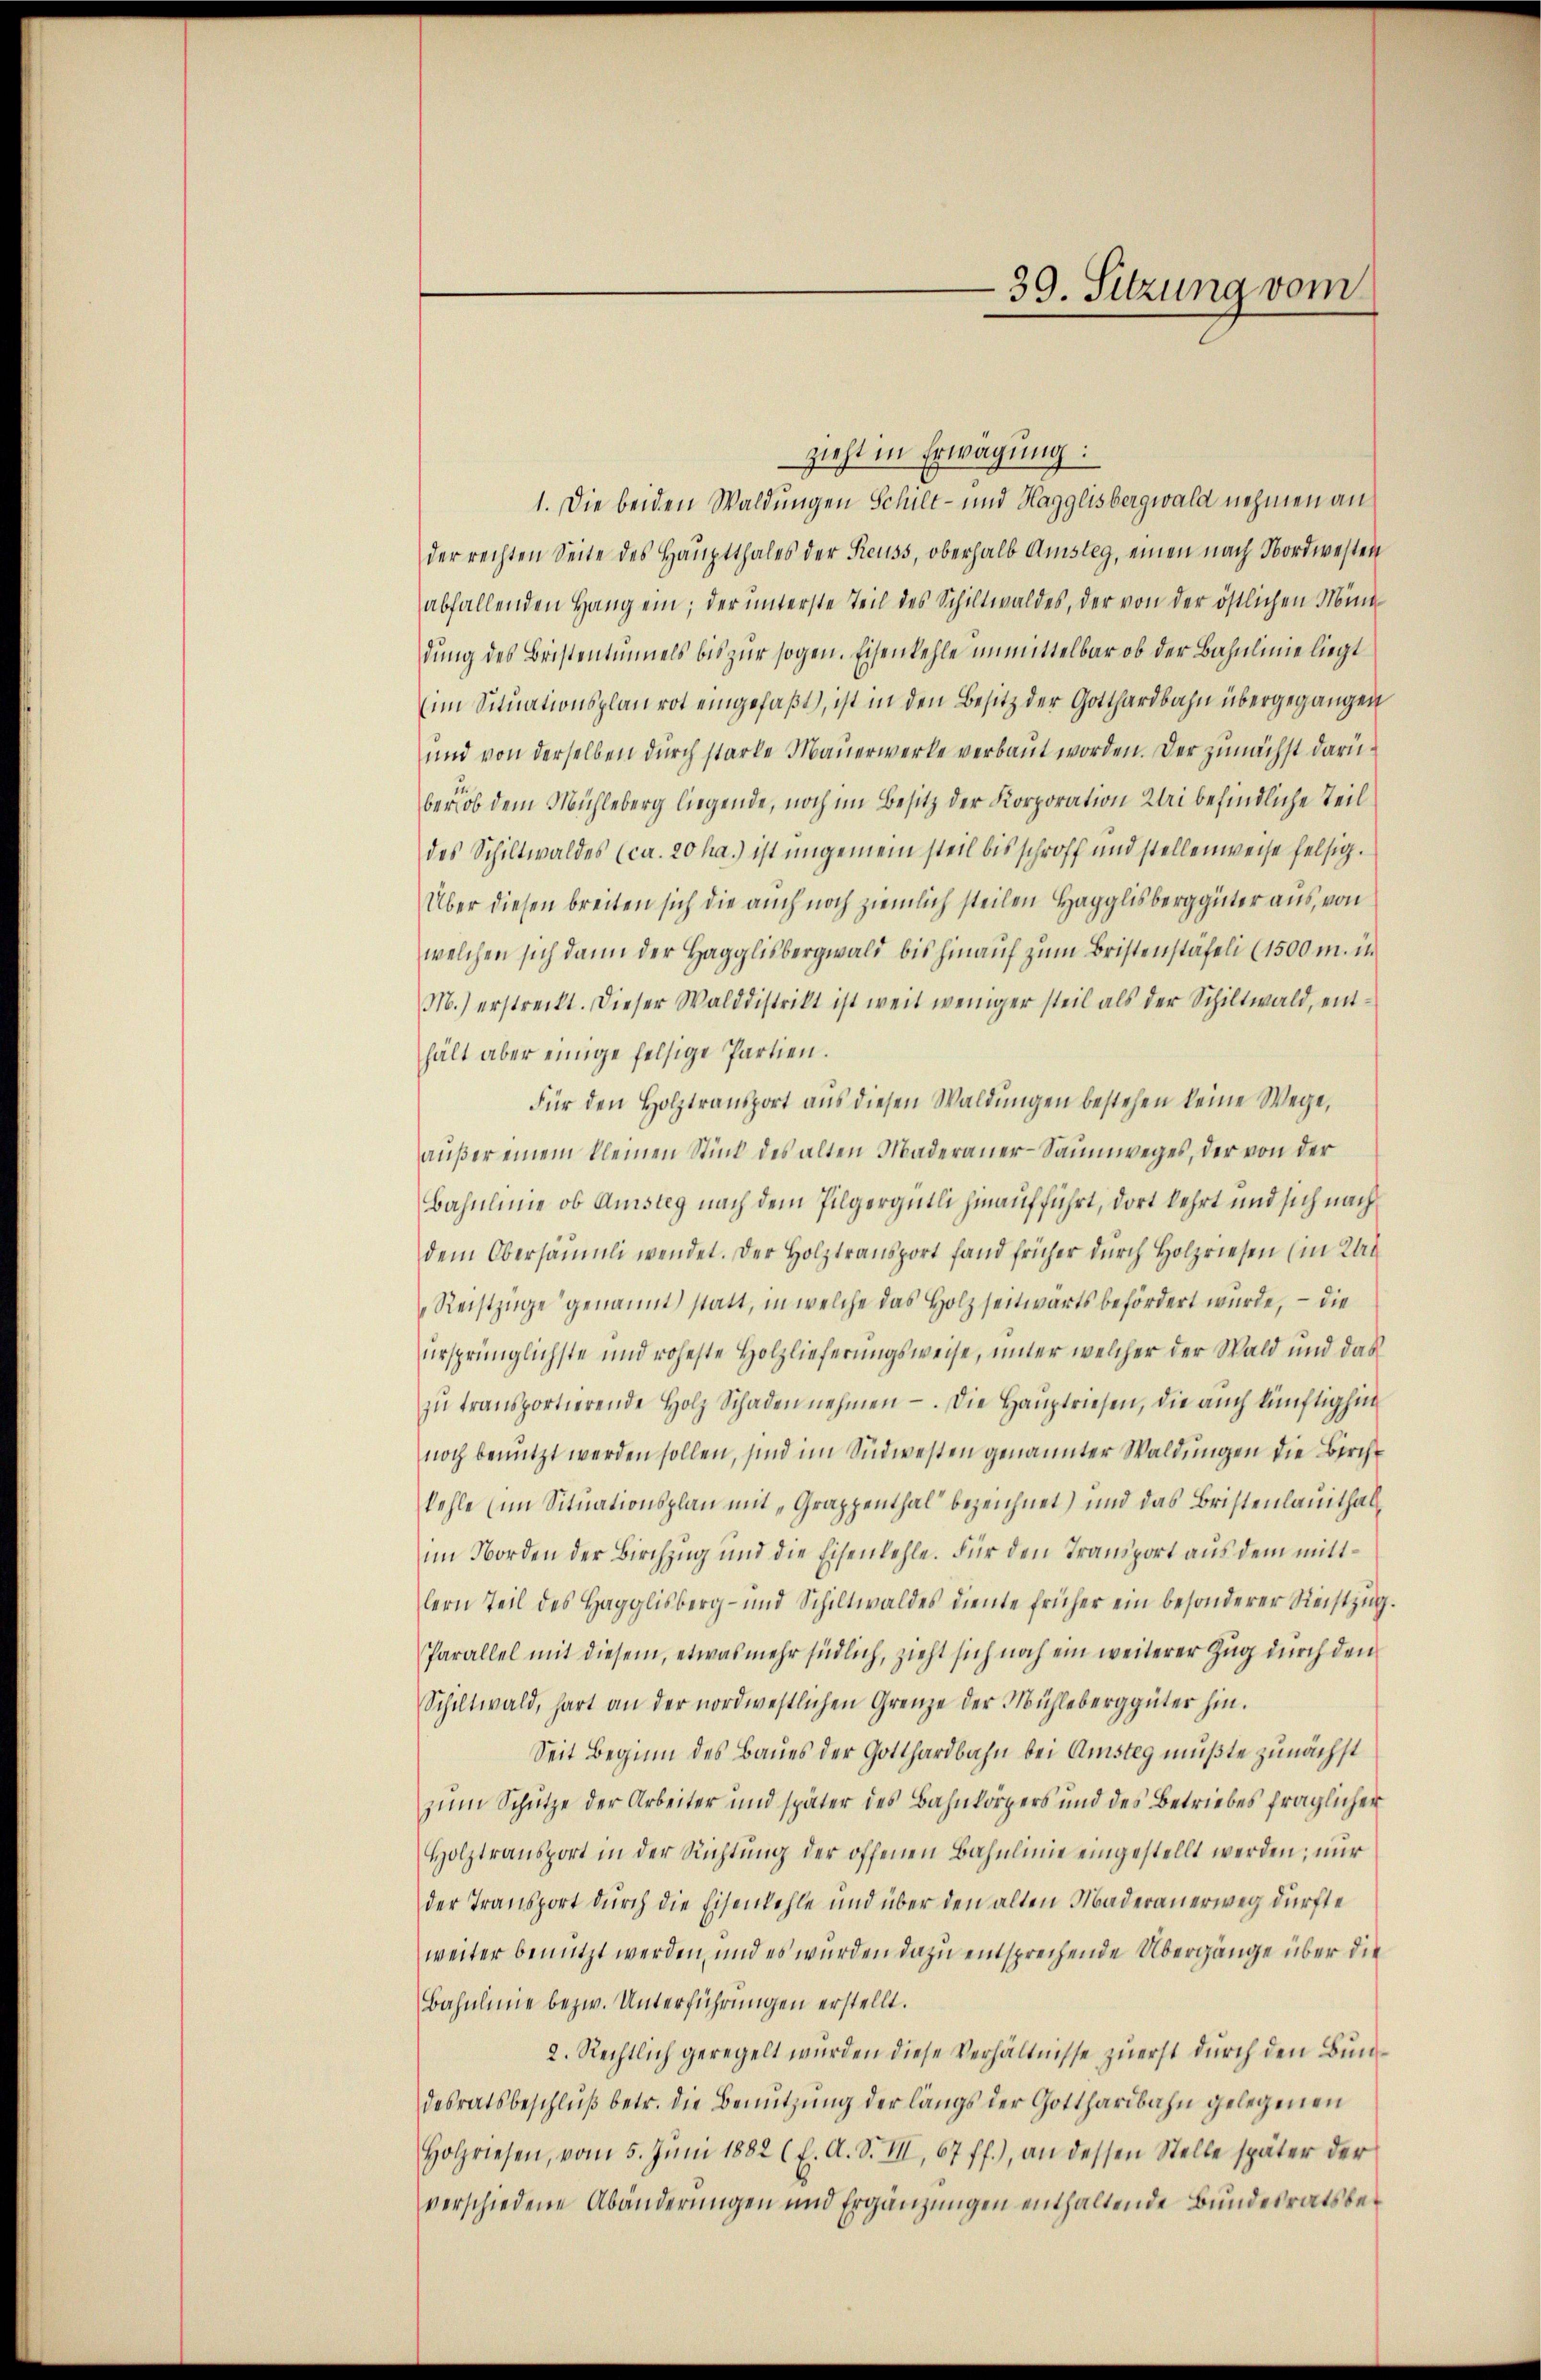
zieht in Erwägung:
1. Die beiden Waldungen Schilt- und Hagglisbergwald nehmen an
der rechten Seite des Haŭptthales der Reuss, oberhalb Amsteg, einen nach Nordwesten
abfallenden Hang ein; der unterste Teil des Schiltwaldes, der von der östlichen Mini
dung des Bristentuels bis zur sogen. Eisenkehle unmittelbar ob der Bahnlinie liegt
im Situationsplan rot eingefaßt, ist in den Besitz der Gotthardbahn übergegangen
und von derselben durch starke Mauerwerke verbaut worden. Der zunächst darüberhob dem Mühleberg liegende, noch im Besitz der Korporation Klei befindliche Teil
des Schiltwaldes (ca. 20 ha.) ist ungemein steil bis schroff und stellenweise felsig.
Über diesen breiten sich die auch noch ziemlich steilen Hagglisberg güter aus, von
welchen sich dann der Hagglisbergwald bis hinauf zum Bristenstäfeli (1500 m. in
M.) erstreckt. Dieser Walddistrikt ist weit weniger steil als der Schiltwald, enthält aber einige felsige Partien.
für den Holztransport aŭs diesen Waldŭngen bestehen keine Wege,
außer einem kleinen Stück des alten Maderaner-Saumweges, der von der
Bahnlinie ob Amsteg nach dem Pilgergütli hinaufführt, dort kehrt und sich nach
dem Obersäumli wendet. Der Holztransport fand früher dŭrch Holzriesen (in Kat
Recstzüge genannt statt, in welche das Holz seitwärts befördert wurde, – die
ursprünglichste und roheste Holzlieferungsweise, unter welcher der Wald und das
zŭ transportierende Holz Schaden nehmen. Die Haŭptriesen, die aŭch künftighin
noch benutzt werden sollen, sind im Südwesten genannter Waldungen die Birche
fehle (im Situationsplan mit „Grappenthal bezeichnet) und das Bristenlauithalim Norden der Birchzug und die Eisenfehle. Für den Transport aus dem mittlern Teil des Hagglisberg- und Schiltwaldes diente früher ein besonderer Reistzŭg.
Parallel mit diesem, etwas mehr südlich, zieht sich noch ein weiterer Zug durch den
Schiltwald, hart an der nordwestlichen Grenze der Mühleberggüter hin.
Seit Beginn des Baues der Gotthardbahn bei Amsteg müßte zunächst
zum Schütze der Arbeiter und später des Bahnkörpers und des Betriebes fraglicher
Holztransport in der Richtŭng der offenen Bahnlinie eingestellt werden; nur
der Transport durch die Eisenkehle und über den alten Maderauerweg dürfte
weiter benutzt werden, und es wurden dazu entsprechende Übergänge über die
Bahnlinie bezw. Unterführungen erstellt.
2. Rechtlich geregelt wurden diese Verhältnisse zuerst durch den Bundesratsbeschluß betr. die Benutzung der längs der Gotthardbahn gelegenen
Holzriesen, vom 5. Jŭni 1882 (E. A. S. III, 67 ff.), an dessen Stelle später der
verschiedene Abänderungen und Ergänzungen enthaltende Bundesratsbe¬

39. Sitzung vom